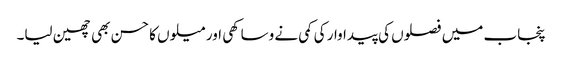
پنجاب میں فصلوں کی پیداوار کی کمی نے وساکھی اور میلوں کا حسن بھی چھین لیا۔